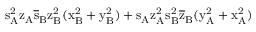
\mathrm { s _ { A } ^ { 2 } \mathrm { z _ { A } \mathrm { \overline { { s } } _ { B } \mathrm { z _ { B } ^ { 2 } ( \mathrm { x _ { B } ^ { 2 } + \mathrm { y _ { B } ^ { 2 } ) + \mathrm { s _ { A } \mathrm { z _ { A } ^ { 2 } \mathrm { s _ { B } ^ { 2 } \mathrm { \overline { { z } } _ { B } ( \mathrm { y _ { A } ^ { 2 } + \mathrm { x _ { A } ^ { 2 } ) } } } } } } } } } } } }